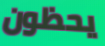
يحظون